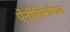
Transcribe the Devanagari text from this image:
पेनीसिलीयम